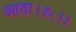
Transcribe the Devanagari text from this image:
आता।।५।।